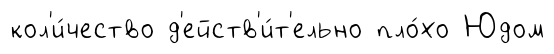
кол'и́чество д'ейств'и́т'ельно пло́хо Юдом